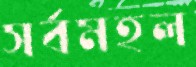
সর্বমহল